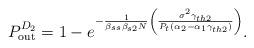
LaTeX: \begin{align*} P_{\rm out}^{D_2} = 1 - e^{- \frac{1}{\beta_{ss}\beta_{s2}N} \left(\frac{\sigma^2 \gamma_{th2} }{P_t(\alpha_2-\alpha_1\gamma_{th2})}\right)}.\end{align*}